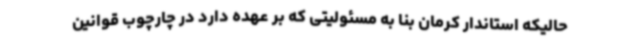
حالیکه استاندار کرمان بنا به مسئولیتی که بر عهده دارد در چارچوب قوانین